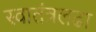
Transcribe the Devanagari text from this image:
स्वातंत्रलढा